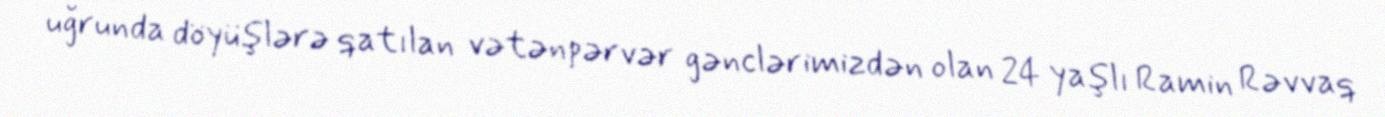
uğrunda döyüşlərə qatılan vətənpərvər gənclərimizdən olan 24 yaşlı Ramin Rəvvaq